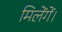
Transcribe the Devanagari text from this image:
मिलेंगें।